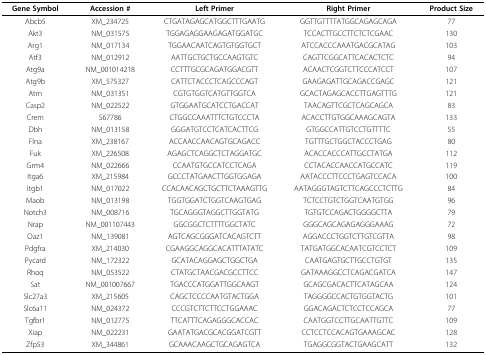
<table><thead><tr><td><b>Gene Symbol</b></td><td><b>Accession #</b></td><td><b>Left Primer</b></td><td><b>Right Primer</b></td><td><b>Product Size</b></td></tr></thead><tbody><tr><td>Abcb5</td><td>XM_234725</td><td>CTGATAGAGCATGGCTTTGAATG</td><td>GGTTGTTTTATGGCAGAGCAGA</td><td>77</td></tr><tr><td>Akt3</td><td>NM_031575</td><td>TGGAGAGGAAGAGATGGATGC</td><td>TCCACTTGCCTTCTCTCGAAC</td><td>130</td></tr><tr><td>Arg1</td><td>NM_017134</td><td>TGGAACAATCAGTGTGGTGCT</td><td>ATCCACCCAAATGACGCATAG</td><td>103</td></tr><tr><td>Atf3</td><td>NM_012912</td><td>AATTGCTGCTGCCAAGTGTC</td><td>CAGTTCGGCATTCACACTCTC</td><td>94</td></tr><tr><td>Atg9a</td><td>NM_001014218</td><td>CCTTTGCGCAGATGGACGTT</td><td>ACAACTCGGTCTTCCCATCCT</td><td>107</td></tr><tr><td>Atg9b</td><td>XM_575327</td><td>CATTCTACCCTCAGCCCAGT</td><td>GAAGAGATTGCAGACCGAGC</td><td>121</td></tr><tr><td>Atrn</td><td>NM_031351</td><td>CGTGTGGTCATGTTGGTCA</td><td>GCACTAGAGCACCTTGAGTTTG</td><td>121</td></tr><tr><td>Casp2</td><td>NM_022522</td><td>GTGGAATGCATCCTGACCAT</td><td>TAACAGTTCGCTCAGCAGCA</td><td>83</td></tr><tr><td>Crem</td><td>S67786</td><td>CTGGCCAAATTTCTGTCCCTA</td><td>ACACCTTGTGGCAAAGCAGTA</td><td>133</td></tr><tr><td>Dbh</td><td>NM_013158</td><td>GGGATGTCCTCATCACTTCG</td><td>GTGGCCATTGTCCTGTTTTC</td><td>55</td></tr><tr><td>Flna</td><td>XM_238167</td><td>ACCAACCAACAGTGCAGACC</td><td>TGTTTGCTGGCTACCCTGAG</td><td>80</td></tr><tr><td>Fuk</td><td>XM_226508</td><td>AGAGCTCAGGCTCTAGGATGC</td><td>ACACCACCCATTGCCTATGA</td><td>112</td></tr><tr><td>Grm4</td><td>NM_022666</td><td>CCAATGTGCCATCCTCAGA</td><td>CCTACACCAACCATGCCATC</td><td>119</td></tr><tr><td>Itga6</td><td>XM_215984</td><td>GCCCTATGAACTTGGTGGAGA</td><td>AATACCCTTCCCTGAGTCCACA</td><td>100</td></tr><tr><td>Itgb1</td><td>NM_017022</td><td>CCACAACAGCTGCTTCTAAAGTTG</td><td>AATAGGGTAGTCTTCAGCCCTCTTG</td><td>84</td></tr><tr><td>Maob</td><td>NM_013198</td><td>TGGTGGATCTGGTCAAGTGAG</td><td>TCTCCTGTCTGGTCAATGTGG</td><td>96</td></tr><tr><td>Notch3</td><td>NM_008716</td><td>TGCAGGGTAGGCTTGGTATG</td><td>TGTGTCCAGACTGGGGCTTA</td><td>79</td></tr><tr><td>Nrap</td><td>NM_001107443</td><td>GGCGGCTCTTTTGGCTATC</td><td>GGGCAGCAGAGAGGGAAAG</td><td>72</td></tr><tr><td>Oaz1</td><td>NM_139081</td><td>AGTCAGCGGGATCACAGTCTT</td><td>AGGACCCTGGTCTTGTCGTTA</td><td>98</td></tr><tr><td>Pdgfra</td><td>XM_214030</td><td>CGAAGGCAGGCACATTTATATC</td><td>TATGATGGCACAATCGTCCTCT</td><td>109</td></tr><tr><td>Pycard</td><td>NM_172322</td><td>GCATACAGGAGCTGGCTGA</td><td>CAATGAGTGCTTGCCTGTGT</td><td>135</td></tr><tr><td>Rhoq</td><td>NM_053522</td><td>CTATGCTAACGACGCCTTCC</td><td>GATAAAGGCCTCAGACGATCA</td><td>147</td></tr><tr><td>Sat</td><td>NM_001007667</td><td>TGACCCATGGATTGGCAAGT</td><td>GCAGCGACACTTCATAGCAA</td><td>124</td></tr><tr><td>Slc27a3</td><td>XM_215605</td><td>CAGCTCCCCAATGTACTGGA</td><td>TAGGGGCCACTGTGGTACTG</td><td>101</td></tr><tr><td>Slc6a11</td><td>NM_024372</td><td>CCCGTCTTCTTCCTGGAAAC</td><td>GGACAGACTCTCCTCCAGCA</td><td>77</td></tr><tr><td>Tgfbr1</td><td>NM_012775</td><td>TTCATTTCAGAGGGCACCAC</td><td>CAATGGTCCTTGCAATTGTTC</td><td>109</td></tr><tr><td>Xiap</td><td>NM_022231</td><td>GAATATGACGCACGGATCGTT</td><td>CCTCCTCCACAGTGAAAGCAC</td><td>128</td></tr><tr><td>Zfp53</td><td>XM_344861</td><td>GCAAACAAGCTGCAGAGTCA</td><td>TGAGGCGGTACTGAAGCATT</td><td>132</td></tr></tbody></table>